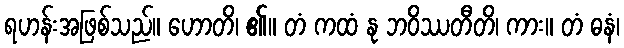
ရဟန်းအဖြစ်သည်။ ဟောတိ၊ ၏။ တံ ကထံ နု ဘဝိဿတီတိ၊ ကား။ တံ ဓနံ၊